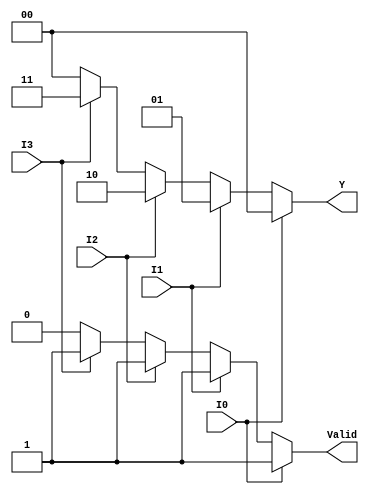
module priority_encoder (
    input wire I0,  // Highest priority input
    input wire I1,
    input wire I2,
    input wire I3,  // Lowest priority input
    output reg [1:0] Y,  // 2-bit output for encoding
    output reg Valid  // Valid output signal
);

always @(*) begin
    // Default values
    Y = 2'b00;  // Code for no active input (can be changed if needed)
    Valid = 1'b0;  // No valid input
    
    // Priority encoding logic
    if (I0) begin
        Y = 2'b00;  // If I0 is active (highest priority)
        Valid = 1'b1;  // Set valid signal
    end else if (I1) begin
        Y = 2'b01;  // If I1 is active
        Valid = 1'b1;  // Set valid signal
    end else if (I2) begin
        Y = 2'b10;  // If I2 is active
        Valid = 1'b1;  // Set valid signal
    end else if (I3) begin
        Y = 2'b11;  // If I3 is active
        Valid = 1'b1;  // Set valid signal
    end
end

endmodule